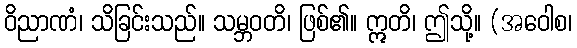
ဝိညာဏံ၊ သိခြင်းသည်။ သမ္ဘဝတိ၊ ဖြစ်၏။ ဣတိ၊ ဤသို့။ (အဝေါစ၊